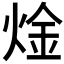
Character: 𬊝